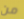
من